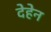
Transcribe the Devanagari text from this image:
देहेन